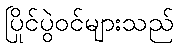
ပြိုင်ပွဲဝင်များသည်